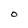
Character: O